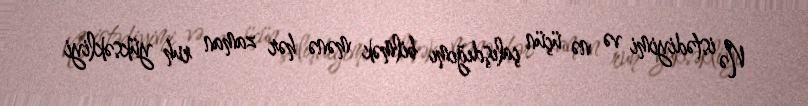
Nə istədiyimi və nə üçün çalışdığımı bilmək mənə hər zaman ruh yüksəkliyi